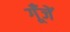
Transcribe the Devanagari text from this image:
गूँजें